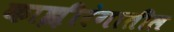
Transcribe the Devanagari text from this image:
काझ़ीरंगातील